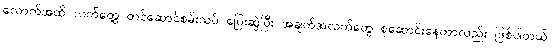
လောက်အထိ လက်တွေ့ တင်ဆောင်စမ်းသပ် ပြေးဆွဲပြီး အချက်အလက်တွေ စုဆောင်းနေတာလည်း ဖြစ်ပါတယ်။